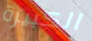
الكبيرة